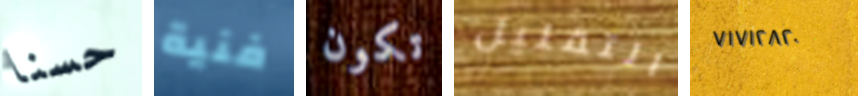
حسنا فنية تكون التقليل ٧١٧١٢٨٢٠